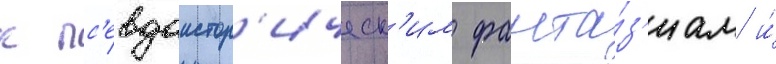
к пс'евдоистор'ическ'им фанта́з'иам и́